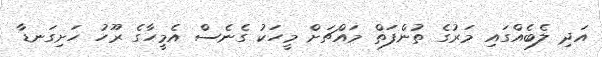
އަދި ލެބެއްގައި މަރުގެ ތުންފަތް މައްޗަށް މީހަކު ގެނެސް އެމީހާގެ ރޫހު ހަށިގަނޑާ